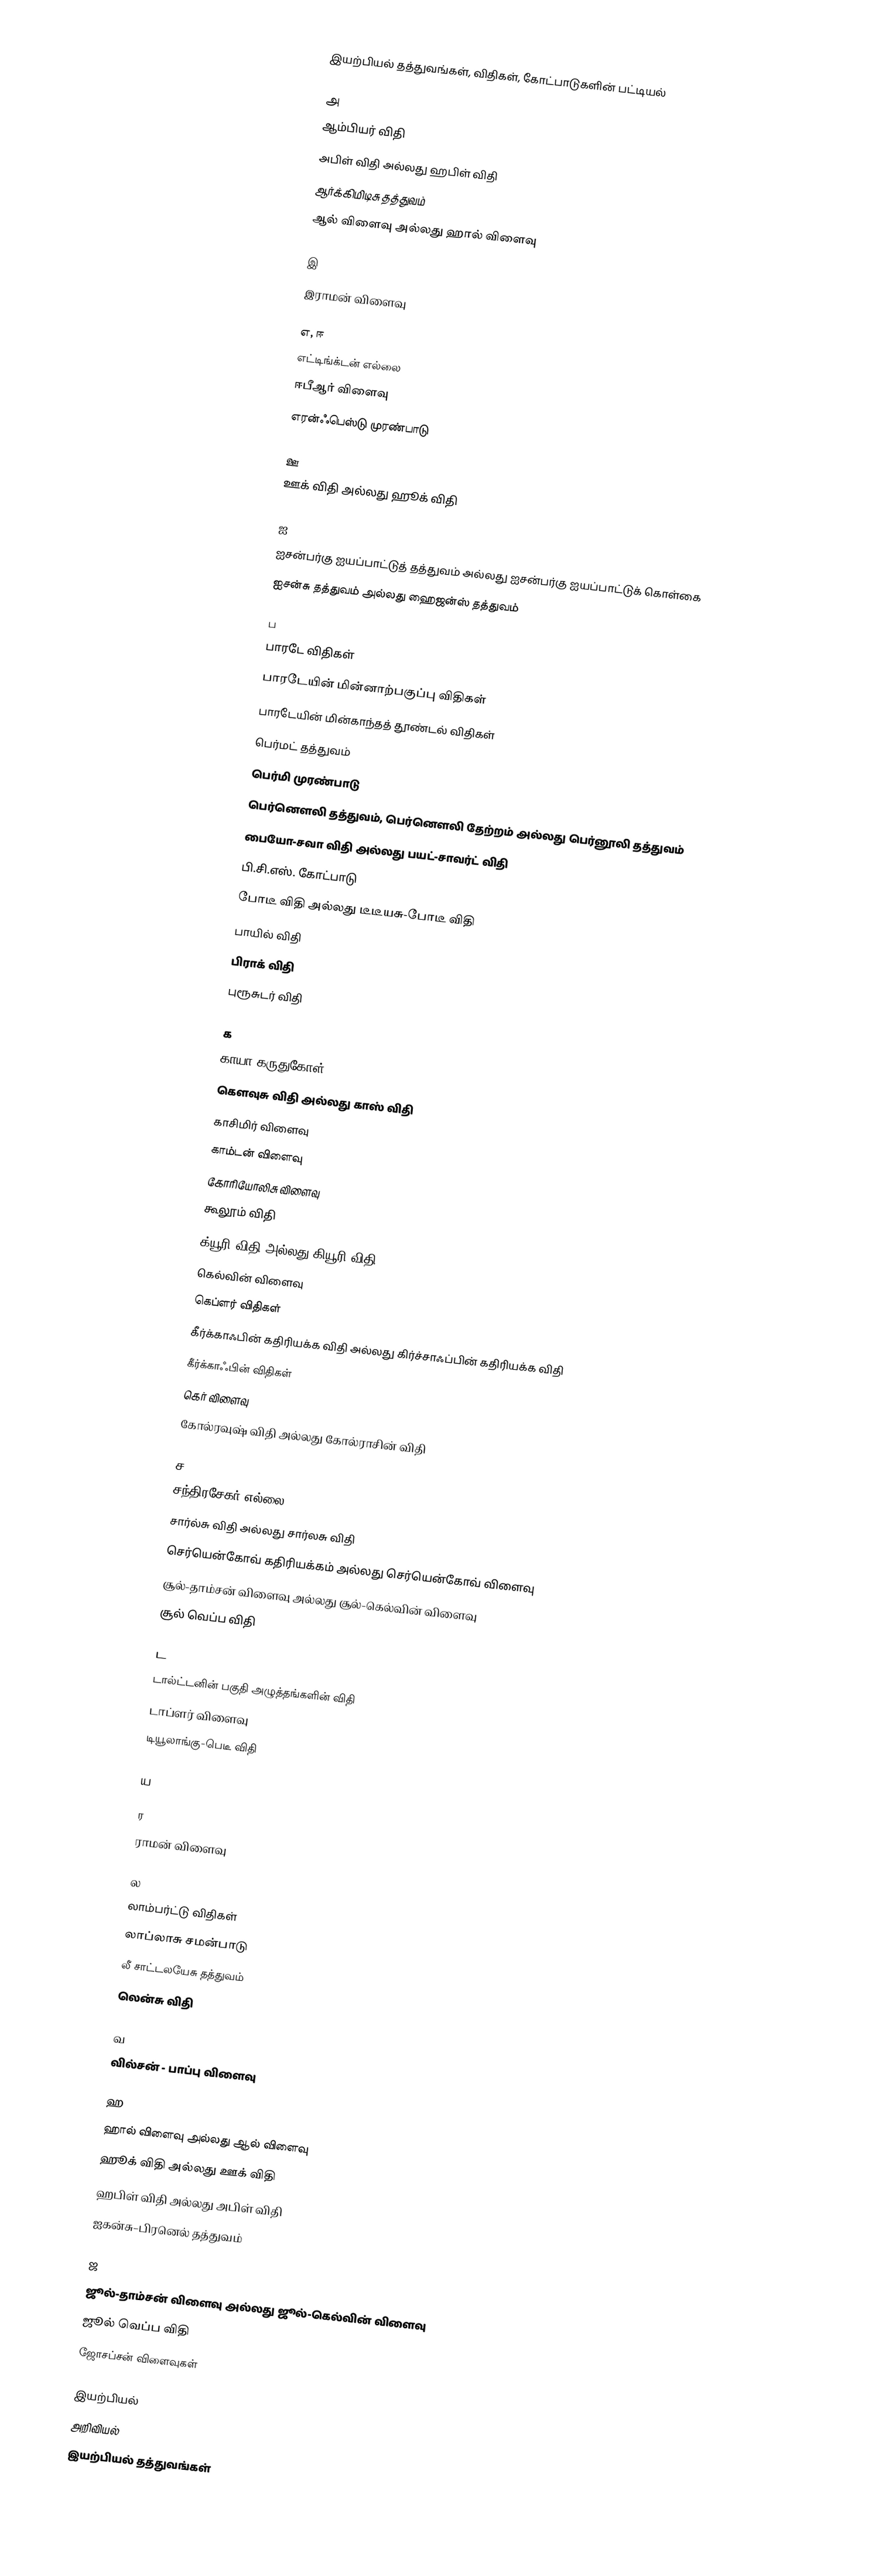

இயற்பியல் தத்துவங்கள், விதிகள், கோட்பாடுகளின் பட்டியல்

அ
 ஆம்பியர் விதி
 அபிள் விதி அல்லது ஹபிள் விதி
 ஆர்க்கிமிடிசு தத்துவம்
 ஆல் விளைவு அல்லது ஹால் விளைவு

இ
 இராமன் விளைவு

எ, ஈ
 எட்டிங்க்டன் எல்லை
 ஈபீஆர் விளைவு
 எரன்ஃபெஸ்டு முரண்பாடு

ஊ
 ஊக் விதி அல்லது ஹூக் விதி

ஐ
 ஐசன்பர்கு ஐயப்பாட்டுத் தத்துவம் அல்லது ஐசன்பர்கு ஐயப்பாட்டுக் கொள்கை
 ஐசன்சு தத்துவம் அல்லது ஹைஜன்ஸ் தத்துவம்

ப
 பாரடே விதிகள்
 பாரடேயின் மின்னாற்பகுப்பு விதிகள்
 பாரடேயின் மின்காந்தத் தூண்டல் விதிகள்
 பெர்மட் தத்துவம்
 பெர்மி முரண்பாடு
 பெர்னெளலி தத்துவம், பெர்னெளலி தேற்றம் அல்லது பெர்னூலி தத்துவம்
 பையோ-சவா விதி அல்லது பயட்-சாவர்ட் விதி
 பி.சி.எஸ். கோட்பாடு
 போடீ விதி அல்லது டீடீயசு-போடீ விதி
 பாயில் விதி
 பிராக் விதி
 புரூசுடர் விதி

க
 காயா கருதுகோள்
 கெளவுசு விதி அல்லது காஸ் விதி
 காசிமிர் விளைவு
 காம்டன் விளைவு
 கோரியோலிசு விளைவு
 கூலூம் விதி
 க்யூரி விதி அல்லது கியூரி விதி
 கெல்வின் விளைவு
 கெப்ளர் விதிகள்
 கீர்க்காஃபின் கதிரியக்க விதி அல்லது கிர்ச்சாஃப்பின் கதிரியக்க விதி
 கீர்க்காஃபின் விதிகள்
 கெர் விளைவு
 கோல்ரவுஷ் விதி அல்லது கோல்ராசின் விதி

ச
 சந்திரசேகர் எல்லை
 சார்ல்சு விதி அல்லது சார்லசு விதி
 செர்யென்கோவ் கதிரியக்கம் அல்லது செர்யென்கோவ் விளைவு
 சூல்-தாம்சன் விளைவு அல்லது சூல்-கெல்வின் விளைவு
 சூல் வெப்ப விதி

ட
 டால்ட்டனின் பகுதி அழுத்தங்களின் விதி
 டாப்ளர் விளைவு
 டியூலாங்கு-பெடீ விதி

ய

ர
 ராமன் விளைவு

ல
 லாம்பர்ட்டு விதிகள்
 லாப்லாசு சமன்பாடு
 லீ சாட்டலயேசு தத்துவம்
 லென்சு விதி

வ
 வில்சன் - பாப்பு விளைவு

ஹ
 ஹால் விளைவு அல்லது ஆல் விளைவு
 ஹூக் விதி அல்லது ஊக் விதி
 ஹபிள் விதி அல்லது அபிள் விதி
 ஐகன்சு–பிரனெல் தத்துவம்

ஜ
 ஜூல்-தாம்சன் விளைவு அல்லது ஜூல்-கெல்வின் விளைவு
 ஜூல் வெப்ப விதி
 ஜோசப்சன் விளைவுகள்

இயற்பியல்
அறிவியல்
இயற்பியல் தத்துவங்கள்